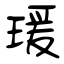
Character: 瑗